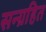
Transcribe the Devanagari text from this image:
सन्ग्रहित